Civil Veterinary Department Bihar & Orissa reports 1922-29 - 1922-1929
Year: 1922
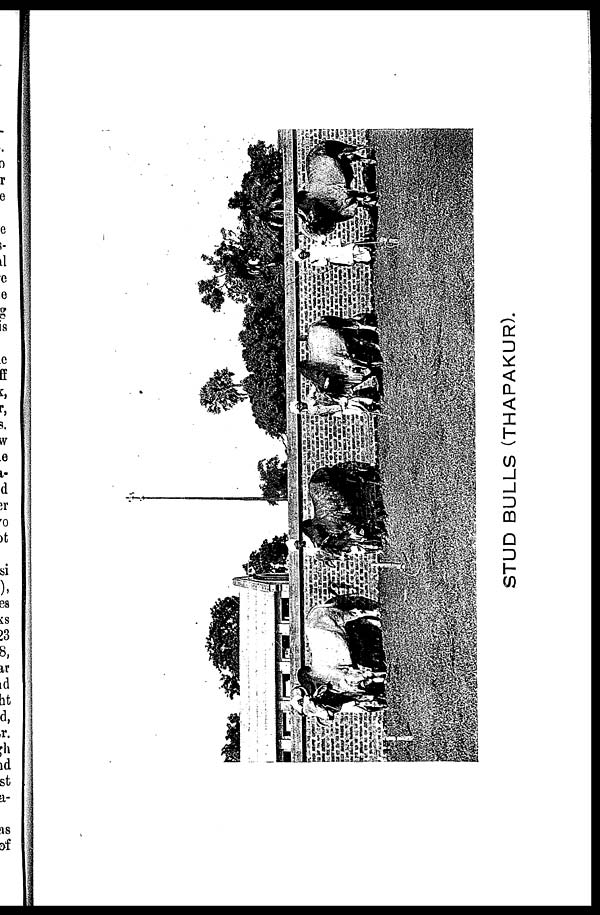
STUD BULLS (THAPAKUR).